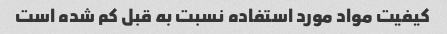
کیفیت مواد مورد استفاده نسبت به قبل کم شده است